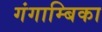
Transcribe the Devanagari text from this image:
गंगाम्बिका